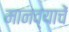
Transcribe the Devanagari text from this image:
मानव्याचें